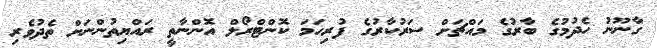
ގާނޫނު ހެދުމުގެ ބާރުގެ މައްޗަށް ސަރުކާރުގެ ފުރިހަމަ ކޮންޓްރޯލް އޮންނާތީ ރައްޔިތުންނަށް ތެދުވެރި